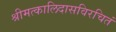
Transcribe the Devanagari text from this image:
श्रीमत्कालिदासविरचितं